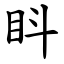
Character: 䀞